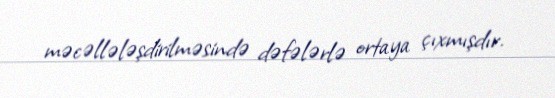
məcəllələşdirilməsində dəfələrlə ortaya çıxmışdır.